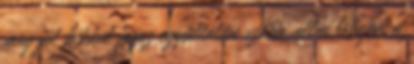
meg jól kikkel fogsz egyáltalán szóba állni Vajon a